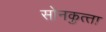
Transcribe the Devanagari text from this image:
सोनकुत्‍ता